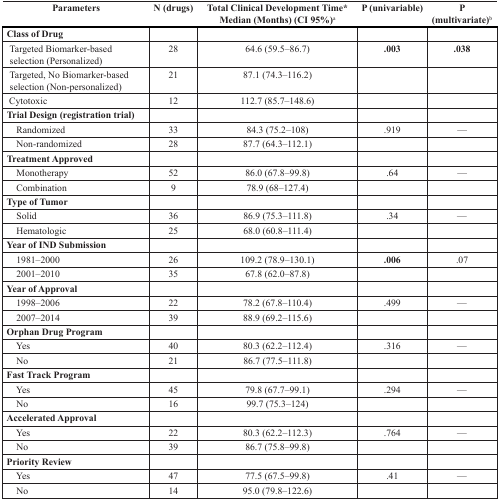
| Parameters | N (drugs) | Total Clinical Development Time*Median (Months) (CI 95%)a | P (univariable) | P (multivariate)b |
 | --- | --- | --- | --- | --- |
 | Class of Drug |  |  |  |  |
 | Targeted Biomarker-based selection (Personalized) | 28 | 64.6 (59.5–86.7) | .003 | .038 |
 | Targeted, No Biomarker-based selection (Non-personalized) | 21 | 87.1 (74.3–116.2) |  |  |
 | Cytotoxic | 12 | 112.7 (85.7–148.6) |  |  |
 | Trial Design (registration trial) |  |  |  |  |
 | Randomized | 33 | 84.3 (75.2–108) | .919 | — |
 | Non-randomized | 28 | 87.7 (64.3–112.1) |  |  |
 | Treatment Approved |  |  |  |  |
 | Monotherapy | 52 | 86.0 (67.8–99.8) | .64 | — |
 | Combination | 9 | 78.9 (68–127.4) |  |  |
 | Type of Tumor |  |  |  |  |
 | Solid | 36 | 86.9 (75.3–111.8) | .34 | — |
 | ematologic | 25 | 68.0 (60.8–111.4) |  |  |
 | Year of IND Submission |  |  |  |  |
 | 1981–2000 | 26 | 109.2 (78.9–130.1) | .006 | .07 |
 | 2001–2010 | 35 | 67.8 (62.0–87.8) |  |  |
 | Year of Approval |  |  |  |  |
 | 1998–2006 | 22 | 78.2 (67.8–110.4) | .499 | — |
 | 2007–2014 | 39 | 88.9 (69.2–115.6) |  |  |
 | Orphan Drug Program |  |  |  |  |
 | Yes | 40 | 80.3 (62.2–112.4) | .316 | — |
 | No | 21 | 86.7 (77.5–111.8) |  |  |
 | Fast Track Program |  |  |  |  |
 | Yes | 45 | 79.8 (67.7–99.1) | .294 | — |
 | No | 16 | 99.7 (75.3–124) |  |  |
 | Accelerated Approval |  |  |  |  |
 | Yes | 22 | 80.3 (62.2–112.3) | .764 | — |
 | No | 39 | 86.7 (75.8–99.8) |  |  |
 | Priority Review |  |  |  |  |
 | Yes | 47 | 77.5 (67.5–99.8) | .41 | — |
 | No | 14 | 95.0 (79.8–122.6) |  |  |